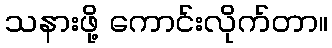
သနားဖို့ ကောင်းလိုက်တာ။